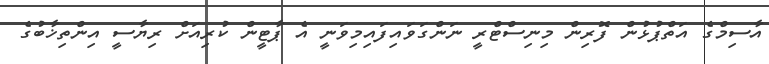
އާސިމްގެ އަތްޕުޅުން ފޮރިން މިނިސްޓްރީ ނަންގަވައިފައިމިވަނީ އެ ޕާޓީން ކުރިއަށް ރިޔާސީ އިންތިޚާބުގެ